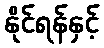
နိုင်ရန်နှင့်